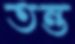
তন্ত